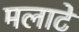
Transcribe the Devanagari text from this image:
मलाटे